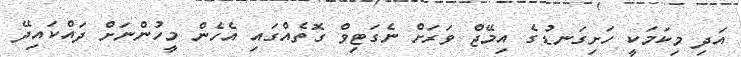
އަދި މިކަމަކީ ހަށިގަނޑުގެ އިމޭޖް ވަރަށް ނެގަޓިވް ގޮތެއްގައި އެހެން މީހުންނަށް ދައްކައިދޭ